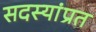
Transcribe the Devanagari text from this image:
सदस्यांप्रत